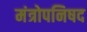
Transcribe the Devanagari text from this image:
मंत्रोपनिषद